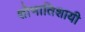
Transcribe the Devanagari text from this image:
शोभातिशायी